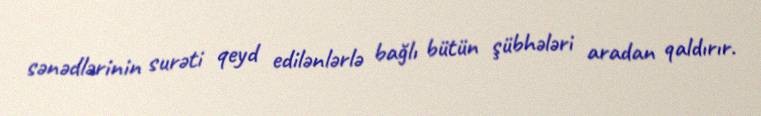
sənədlərinin surəti qeyd edilənlərlə bağlı bütün şübhələri aradan qaldırır.